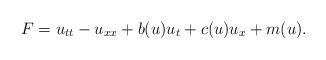
LaTeX: \begin{align*}F=u_{tt} -u_{xx}+ b(u)u_t + c(u)u_x +m(u) .\end{align*}